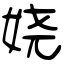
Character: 娆